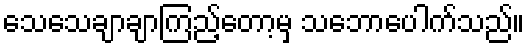
သေသေချာချာကြည့်တော့မှ သဘောပေါက်သည်။